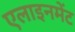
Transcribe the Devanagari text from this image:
एलाइनमेंट